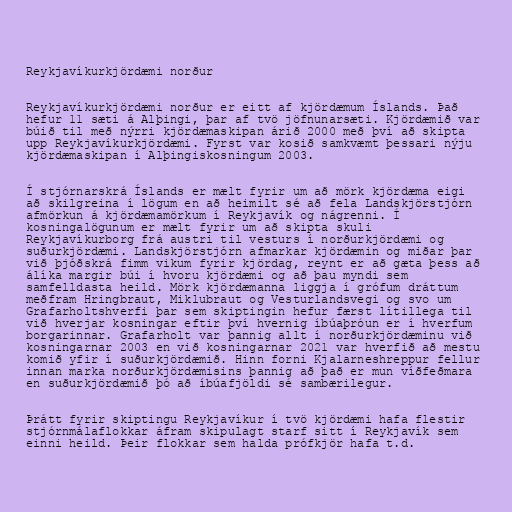
Reykjavíkurkjördæmi norður

Reykjavíkurkjördæmi norður er eitt af kjördæmum Íslands. Það
hefur 11 sæti á Alþingi, þar af tvö jöfnunarsæti. Kjördæmið var
búið til með nýrri kjördæmaskipan árið 2000 með því að skipta
upp Reykjavíkurkjördæmi. Fyrst var kosið samkvæmt þessari nýju
kjördæmaskipan í Alþingiskosningum 2003.

Í stjórnarskrá Íslands er mælt fyrir um að mörk kjördæma eigi
að skilgreina í lögum en að heimilt sé að fela Landskjörstjórn
afmörkun á kjördæmamörkum í Reykjavík og nágrenni. Í
kosningalögunum er mælt fyrir um að skipta skuli
Reykjavíkurborg frá austri til vesturs í norðurkjördæmi og
suðurkjördæmi. Landskjörstjórn afmarkar kjördæmin og miðar þar
við þjóðskrá fimm vikum fyrir kjördag, reynt er að gæta þess að
álíka margir búi í hvoru kjördæmi og að þau myndi sem
samfelldasta heild. Mörk kjördæmanna liggja í grófum dráttum
meðfram Hringbraut, Miklubraut og Vesturlandsvegi og svo um
Grafarholtshverfi þar sem skiptingin hefur færst lítillega til
við hverjar kosningar eftir því hvernig íbúaþróun er í hverfum
borgarinnar. Grafarholt var þannig allt í norðurkjördæminu við
kosningarnar 2003 en við kosningarnar 2021 var hverfið að mestu
komið yfir í suðurkjördæmið. Hinn forni Kjalarneshreppur fellur
innan marka norðurkjördæmisins þannig að það er mun víðfeðmara
en suðurkjördæmið þó að íbúafjöldi sé sambærilegur.

Þrátt fyrir skiptingu Reykjavíkur í tvö kjördæmi hafa flestir
stjórnmálaflokkar áfram skipulagt starf sitt í Reykjavík sem
einni heild. Þeir flokkar sem halda prófkjör hafa t.d.